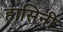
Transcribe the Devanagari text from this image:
हासिनी